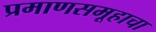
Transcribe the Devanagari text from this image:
प्रमाणसमूहाचा